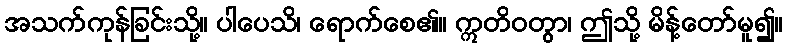
အသက်ကုန်ခြင်းသို့။ ပါပေသိ၊ ရောက်စေ၏။ ဣတိဝတွာ၊ ဤသို့ မိန့်တော်မူ၍။